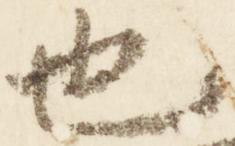
也